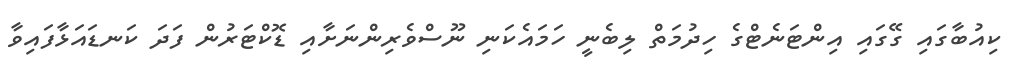
ކިއުބާގައި ގޭގައި އިންޓަނެޓްގެ ހިދުމަތް ލިބެނީ ހަމައެކަނި ނޫސްވެރިންނަށާއި ޑޮކްޓަރުން ފަދަ ކަނޑައަޅާފައިވާ